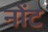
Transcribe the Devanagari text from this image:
नोंट